Indian journal of veterinary science and animal husbandry - Volumes 22-23, 1952-1953
Year: 1952
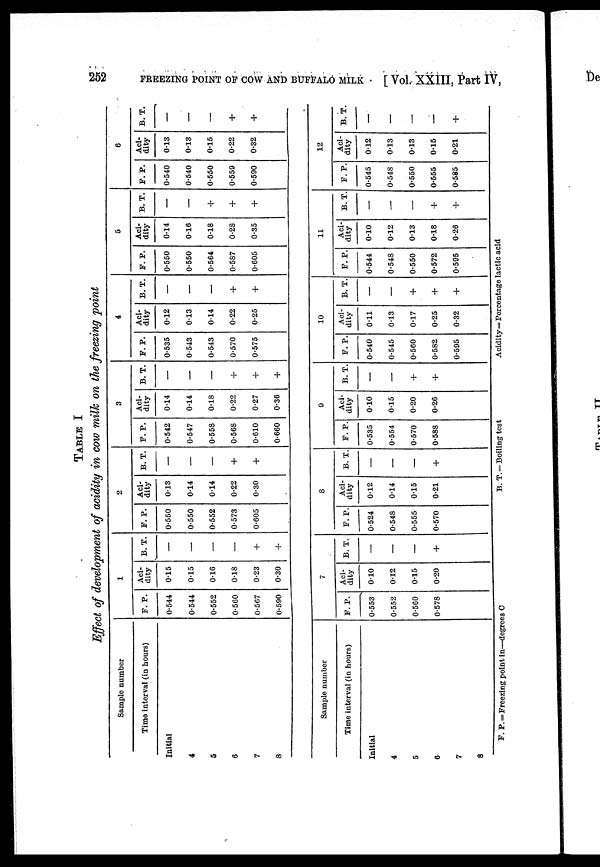
252
FREEZING POINT OF COW AND BUFFALO MILK
[ Vol. XXIII, Part IV,
TABLE I
Effect of development of acidity in cow milk on the freezing point
Sample number
Time interval (in hours)
Initial
4
5
6
7
8
Sample number
Time interval (in hours)
Initial
4
5
6
7
F. P.
0.544
0.544
0.552
0.560
0.567
0.590
F. P.
0.553
0.552
0.560
0.578
1
Aci-
dity
0.15
0.15
0.16
0.18
0.23
0.30
7
Aci-
dity
0.10
0.12
0.15
0.20
B. T.
—
—
—
—
+
+
B. T.
—
—
—
+
F. P.
0.550
0.550
0.552
0.573
0.605
F. P.
0.524
0.548
0.555
0.570
2
Aci-
dity
0.13
0.14
0.14
0.22
0.30
8
Aci-
dity
0.12
0.14
0.15
0.21
B. T.
—
—
—
+
+
B. T.
—
—
—
+
F. P.
0.542
0.547
0.558
0.568
0.610
0.660
F. P.
0.535
0.554
0.570
0.588
3
Aci-
dity
0.14
0.14
0.18
0.22
0.27
0.36
9
Aci-
dity
0.10
0.15
0.20
0.26
B. T.
—
—
—
+
+
+
B. T.
—
—
+
+
P. P.
0.535
0.543
0.543
0.570
0.575
P. P.
0.540
0.545
0.560
0.582
0.595
4
Aci-
dity
0.12
0.13
0.14
0.22
0.25
10
Aci-
dity
0.11
0.13
0.17
0.25
0.32
B. T.
—
—
—
+
+
B. T.
—
—
+
+
+
F. P.
0.550
0.550
0.564
0.587
0.605
F. P.
0.544
0.548
0.550
0.572
0.595
5
Aci-
dity
0.14
0.16
0.18
0.28
0.35
11
Aci-
dity
0.10
0.12
0.13
0.18
0.26
B. T.
—
—
+
+
+
B. T.
—
—
—
+
+
F. P.
0.540
0.540
0.550
0.559
0.590
F. P.
0.545
0.548
0.550
0.555
0.585
6
Aci-
dity
0.13
0.13
0.15
0.22
0.32
12
Aci-
dity
0.12
0.13
0.13
0.15
0.21
B. T.
—
—
—
+
+
B. T.
—
—
—
—
+
F. P.=Freezing point in—degrees C
B. T. = Boiling test
Acidity=Percentage lactic acid